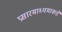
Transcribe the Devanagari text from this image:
प्रसारमाध्यमाकडे